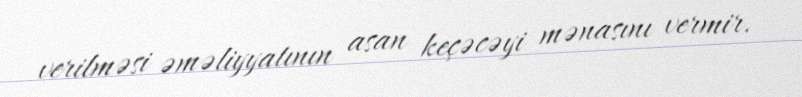
verilməsi əməliyyatının asan keçəcəyi mənasını vermir.